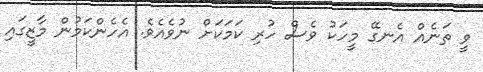
ވީ ތަނެއް އެނގޭ މީހަކު ވެސް ހުރި ކަމަކަށް ނުވެއެވެ. އެހެންކަމުން މާޒީގައި